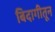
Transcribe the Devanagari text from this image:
बिदागीतून